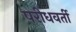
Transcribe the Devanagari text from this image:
परीधवर्ती